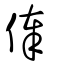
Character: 俸